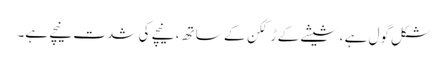
شکل گول ہے ، شیشے کے ڑککن کے ساتھ ، نیچے کی شدت نیچے ہے۔